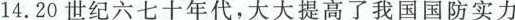
14. 20世纪六七十年代，大大提高了我国国防实力